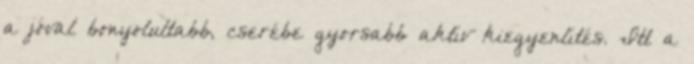
a jóval bonyolultabb, cserébe gyorsabb aktív kiegyenlítés. Itt a